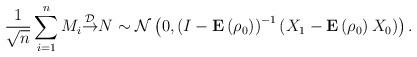
LaTeX: \begin{align*}\frac{1}{\sqrt{n} } \sum\limits_{i=1}^{n}M_{i} {\mathop{\to }\limits^{{\rm {\mathcal D}}}} N\sim {\rm {\mathcal N}}\left(0,\left(I-\textbf{E} \left(\rho _{0} \right)\right)^{-1} \left(X_{1} -\textbf {E} \left(\rho _{0} \right)X_{0} \right)\right).\end{align*}